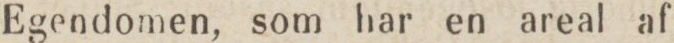
Egendomen, som har en areal af